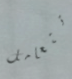
تتعامل